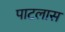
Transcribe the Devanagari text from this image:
पाटलास